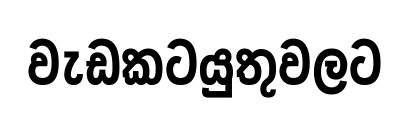
වැඩකටයුතුවලට